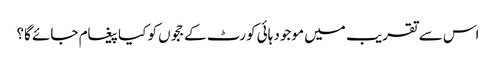
اس سے تقریب میں موجود ہائی کورٹ کے ججوں کو کیا پیغام جائے گا؟